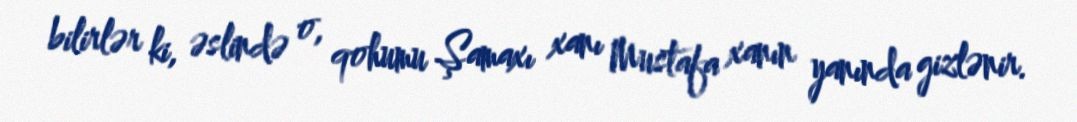
bilirlər ki, əslində o, qohumu Şamaxı xanı Mustafa xanın yanında gizlənir.